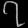
Digit: ၇